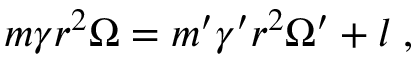
m \gamma r ^ { 2 } \Omega = m ^ { \prime } \gamma ^ { \prime } r ^ { 2 } \Omega ^ { \prime } + l \; ,